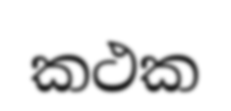
කථක